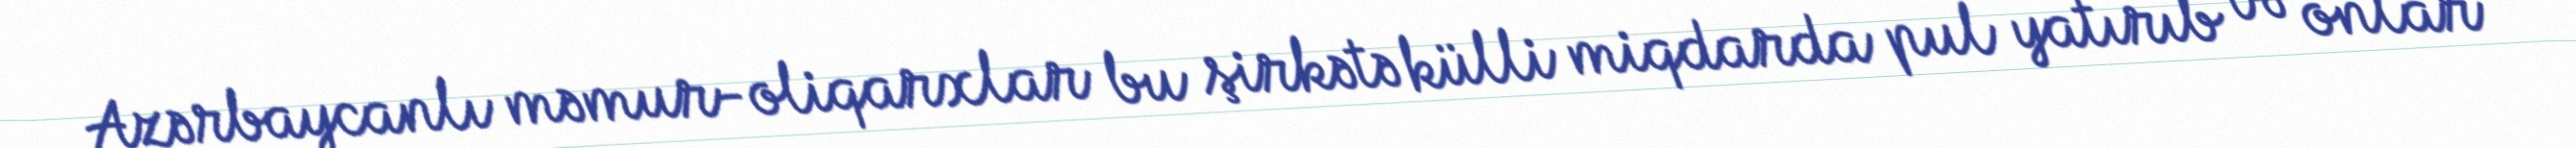
Azərbaycanlı məmur-oliqarxlar bu şirkətə külli miqdarda pul yatırıb və onlar